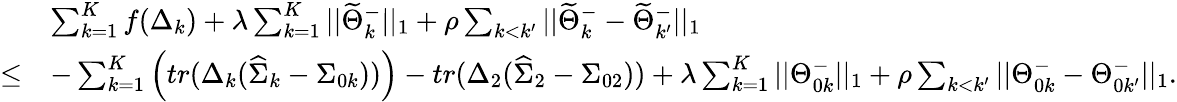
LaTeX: \begin{array}{rl}&{\sum_{k=1}^{K}f(\Delta_{k})+\lambda\sum_{k=1}^{K}||\widetilde{\Theta}_{k}^{-}||_{1}+\rho\sum_{k<k^{\prime}}||\widetilde{\Theta}_{k}^{-}-\widetilde{\Theta}_{k^{\prime}}^{-}||_{1}}\\ {\leq}&{-\sum_{k=1}^{K}\left(tr(\Delta_{k}(\widehat{\Sigma}_{k}-\Sigma_{0k}))\right)-tr(\Delta_{2}(\widehat{\Sigma}_{2}-\Sigma_{02}))+\lambda\sum_{k=1}^{K}||\Theta_{0k}^{-}||_{1}+\rho\sum_{k<k^{\prime}}||\Theta_{0k}^{-}-\Theta_{0k^{\prime}}^{-}||_{1}.}\end{array}